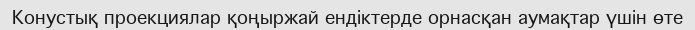
Конустық проекциялар қоңыржай ендіктерде орнасқан аумақтар үшін өте